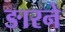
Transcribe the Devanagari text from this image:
ङारने